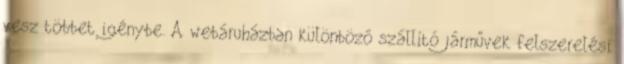
vesz többet igénybe. A webáruházban különböző szállító járművek felszerelési